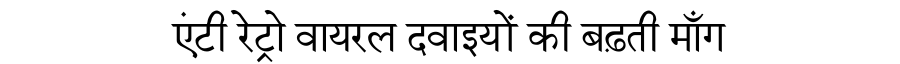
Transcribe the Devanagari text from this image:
एंटी रेट्रो वायरल दवाइयों की बढ़ती माँग